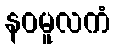
နဝမူလကံ